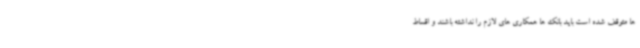
ها متوقف شده است باید بانک ها همکاری های لازم را نداشته باشند و اقساط